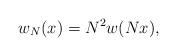
LaTeX: \begin{align*} w_N(x)=N^2 w(Nx), \end{align*}